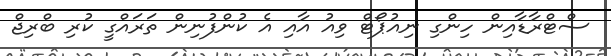
ސްޓްރާޑާއިން ހިންގި ނިއުޕޯޓް ވިއު އާއި އެ ކުންފުނިން ތަރައްގީ ކުރި ބްރިޖް